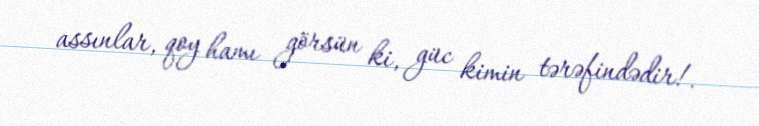
assınlar, qoy hamı görsün ki, güc kimin tərəfindədir!.